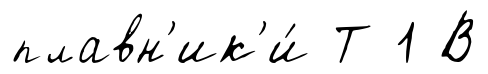
плавн'ик'и́ Т 1 В